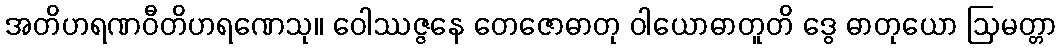
အတိဟရဏဝီတိဟရဏေသု။ ဝေါဿဇ္ဇနေ တေဇောဓာတု ဝါယောဓာတူတိ ဒွေ ဓာတုယော ဩမတ္တာ